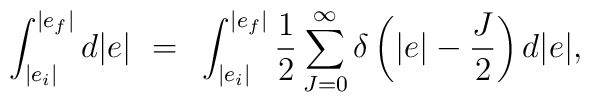
\int^{|e_f|}_{|e_i|} d|e| ~=~   \int^{|e_f|}_{|e_i|}  \frac{1}{2}\sum_{J=0}^{\infty} \delta \left( |e| - \frac{J}{2} \right) d|e|,